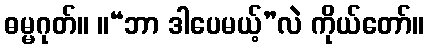
ဓမ္မဂုတ်။ ။“ဘာ ဒါပေမယ့်”လဲ ကိုယ်တော်။